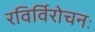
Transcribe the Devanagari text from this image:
रविर्विरोचनः